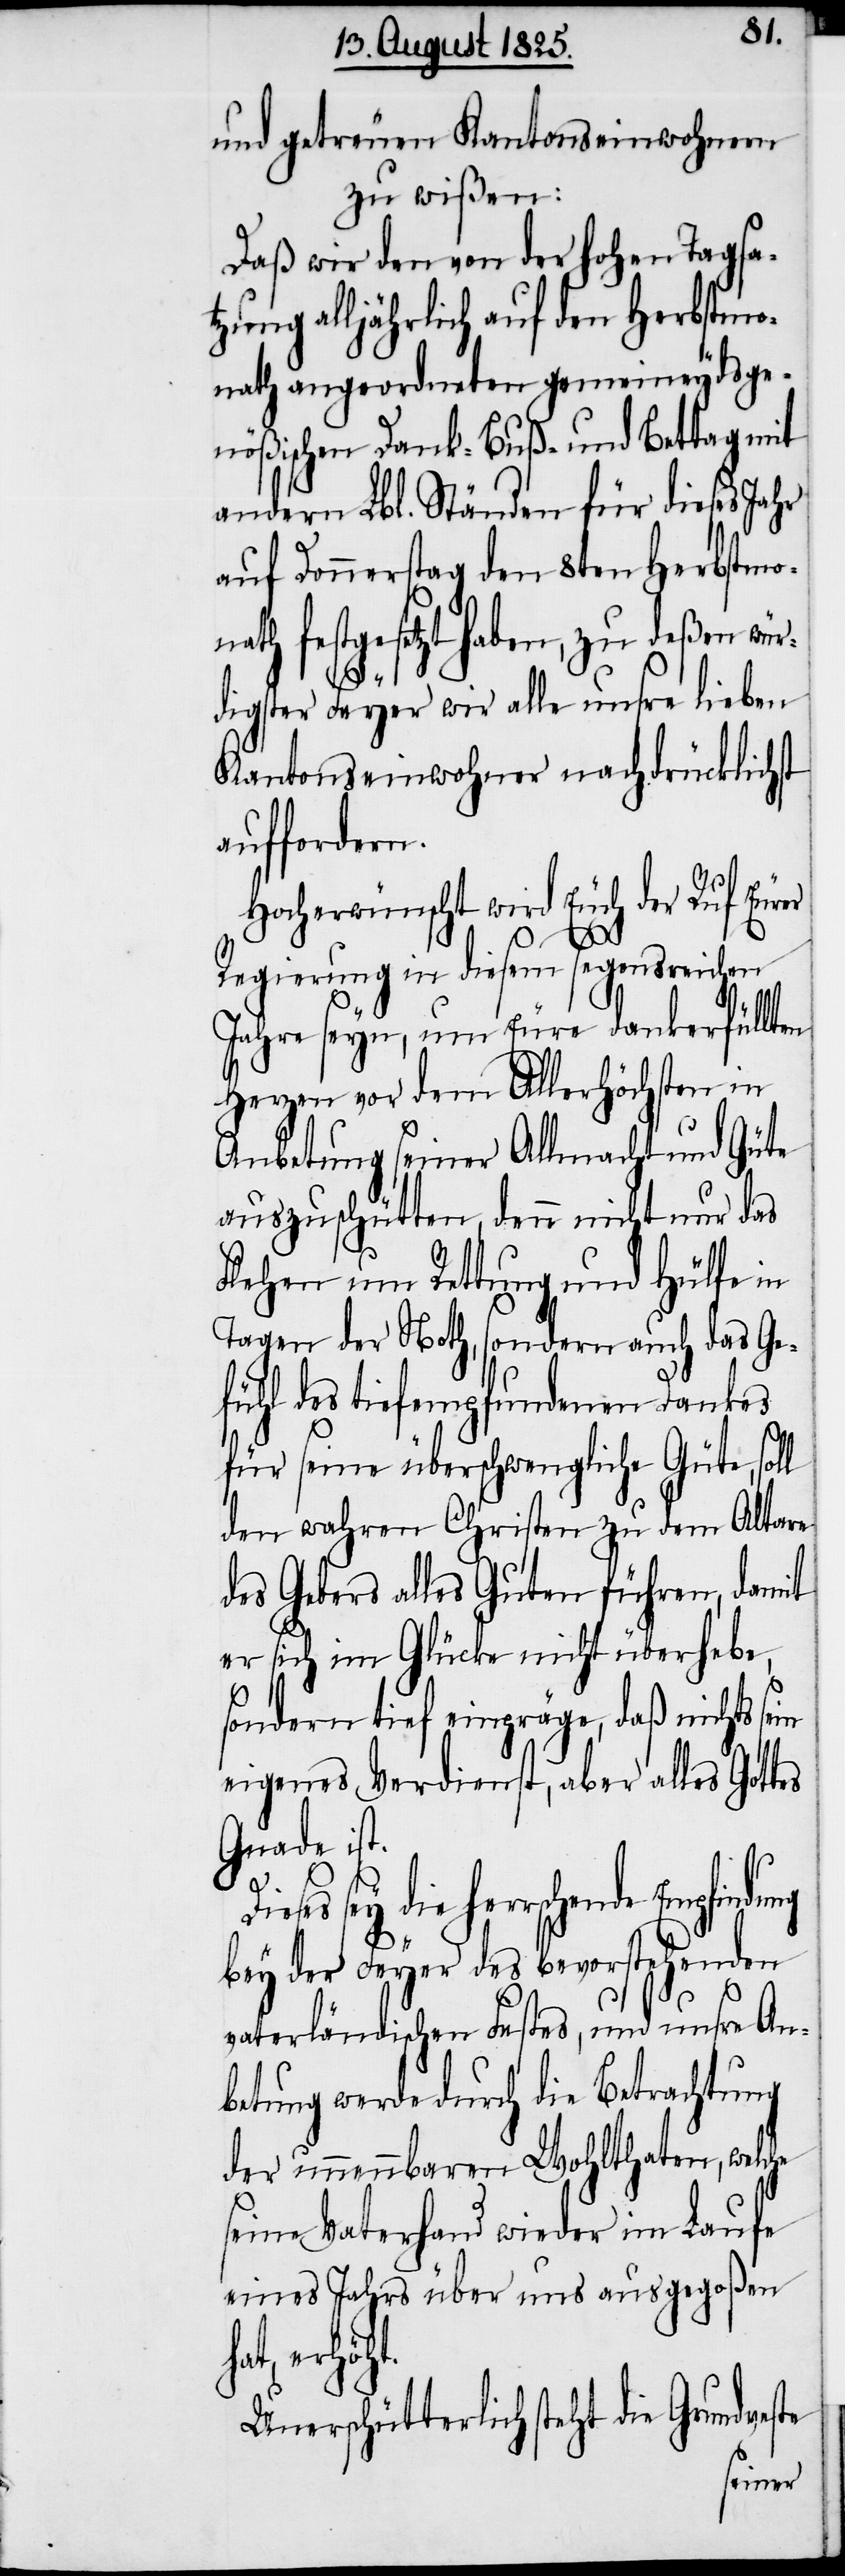
und getreuen Kantonseinwohnern
zu wißen:
Daß wir den von der hohen Tagsa¬
tzung alljährlich auf den Herbstmo¬
nath angeordneten gemeineydsge¬
nößischen Dank- Buß- und Bettag mit
andern Lbl. Ständen für dieses Jahr
auf Donnerstag den 8ten Herbstmon¬
ath festgesetzt haben, zu deßen wür¬
digster Feyer wir alle unsre lieben
Kantonseinwohner nachdrücklich¬
auffordern.
Hocherwünscht wird Euch der Ruf Eur¬
t.
Regierung in diesem segensreichen
Jahre seyn, um Eure dankerfüll¬
Herzen vor dem Allerhöchsten in
Anbetung seiner Allmacht und Güte
auszuschütten, denn nicht nur das
Flehen um Rettung und Hülfe in
Tagen der Noth, sondern auch das Ge¬
fühl des tiefempfundenen Dankes
für seine überschwengliche Güte, so¬
den wahren Christen zu dem Alt¬
des Gebers alles Guten führen, damit
er sich im Glücke nicht überhebe,
sondern sich einpräge, daß nichts sein
eigenes Verdienst, aber alles Gottes
Gnade ist.
Dieses sey die herrschende Empfindung
bey der Feyer des bevorstehenden
vaterländischen Festes, und unsre An¬
betung werde durch die Betrachtung
der unnennbaren Wohltaten, welche
seine Vaterhand wieder im Laufe
eines Jahrs über uns ausgegoßen
hat, erhöh¬
Unerschütterlich steht die Grundveste